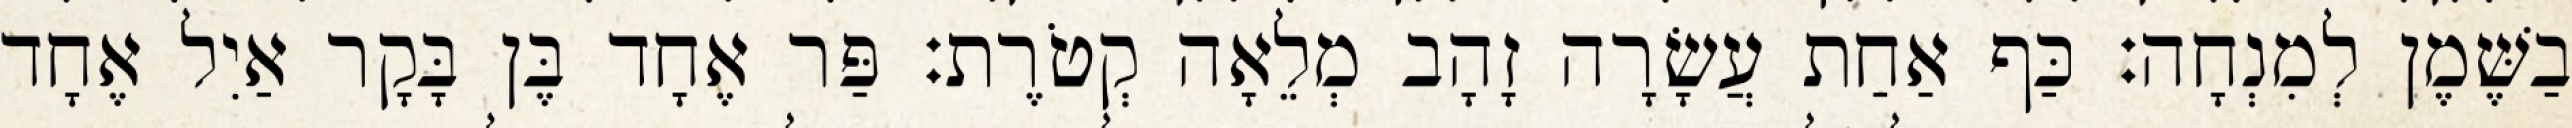
בַשֶּׁמֶן לְמִנְחָה׃ כַּף אַחַת עֲשָׂרָה זָהָב מְלֵאָה קְטֹרֶת׃ פַּר אֶחָד בֶּן בָּקָר אַיִל אֶחָד